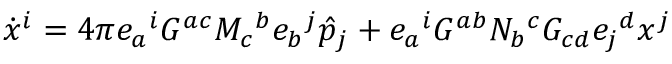
\dot { x } ^ { i } = 4 \pi e _ { a } { } ^ { i } G ^ { a c } M _ { c } { } ^ { b } e _ { b } { } ^ { j } \hat { p } _ { j } + e _ { a } { } ^ { i } G ^ { a b } N _ { b } { } ^ { c } G _ { c d } e _ { j } { } ^ { d } x ^ { j }